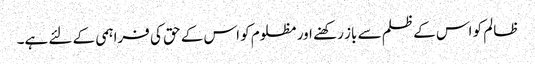
ظالم کو اس کے ظلم سے باز رکھنے اور مظلوم کو اس کے حق کی فراہمی کے لئے ہے۔